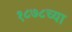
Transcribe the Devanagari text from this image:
१८७८च्या